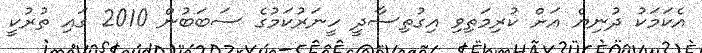
އެކަމަކު ދުނިޔެ އަށް ކުރިމަތިވި އިގުތިސާދީ ހީނަރުކަމުގެ ސަބަބުން 2010 ގައި ތުރުކީ